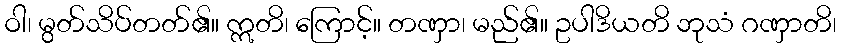
ဝါ၊ မွတ်သိပ်တတ်၏။ ဣတိ၊ ကြောင့်။ တဏှာ၊ မည်၏။ ဥပါဒိယတိ ဘုသံ ဂဏှာတိ၊